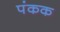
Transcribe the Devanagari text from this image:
पंकक